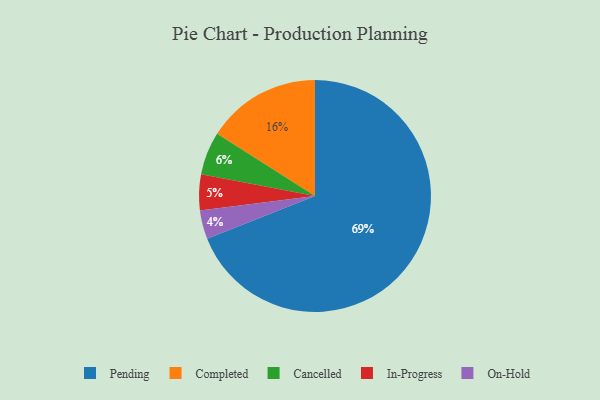
{"axis": {"x": "Category", "y": "Percentage"}, "legend": ["Cancelled", "Completed", "In-Progress", "On-Hold", "Pending"], "data": [{"x": "Cancelled", "y": 6, "type": "Cancelled"}, {"x": "Pending", "y": 69, "type": "Pending"}, {"x": "Completed", "y": 16, "type": "Completed"}, {"x": "On-Hold", "y": 4, "type": "On-Hold"}, {"x": "In-Progress", "y": 5, "type": "In-Progress"}]}